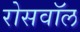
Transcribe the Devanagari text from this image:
रोसवॉल